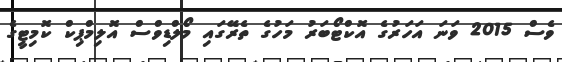
ވެސް 2015 ވަނަ އަހަރުގެ އޮކްޓޯބަރު މަހުގެ ތެރޭގައި މޯލްޑިވްސް އޮލިމްޕިކް ކޮމިޓީގެ